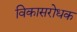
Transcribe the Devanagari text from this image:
विकासरोधक